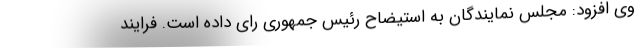
وی افزود: مجلس نمایندگان به استیضاح رئیس جمهوری رای داده است. فرایند